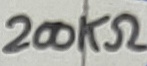
Text: 200KΩ